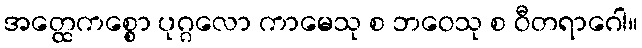
အတ္ထေကစ္စော ပုဂ္ဂလော ကာမေသု စ ဘဝေသု စ ဝီတရာဂေါ။